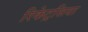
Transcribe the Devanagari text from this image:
रिकेट्रसिया